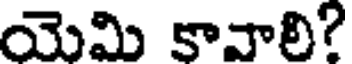
యెమి కావాలి?